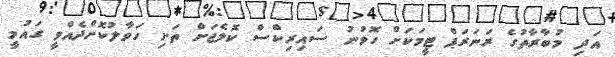
އަދި މުބާރާތުގެ ރަނަރަޕް ޓީމަކަށް ހޮވުނު ސައިރިކްސް ކޮލެޖަށް ތަށި ހަވާލުކޮށްދެއްވީ ގައުމީ